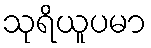
သုရိယူပမာ